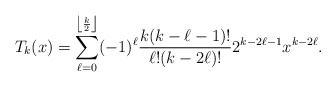
\begin{align*} T_k(x) = \sum\limits_{\ell=0}^{\left \lfloor \frac{k}{2} \right \rfloor} (-1)^\ell \frac{k(k-\ell-1)!}{\ell ! (k-2\ell)!} 2^{k-2\ell - 1} x^{k-2\ell}.\end{align*}